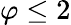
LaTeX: \varphi\leq 2